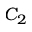
C _ { 2 }